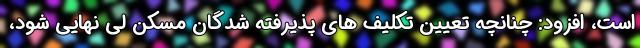
است، افزود: چنانچه تعیین تکلیف های پذیرفته شدگان مسکن لی نهایی شود،